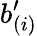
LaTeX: b_{(i)}^{\prime}